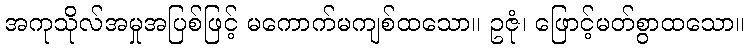
အကုသိုလ်အမှုအပြစ်ဖြင့် မကောက်မကျစ်ထသော။ ဥဇုံ၊ ဖြောင့်မတ်စွာထသော။